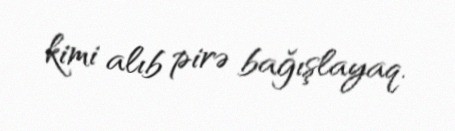
kimi alıb pirə bağışlayaq.